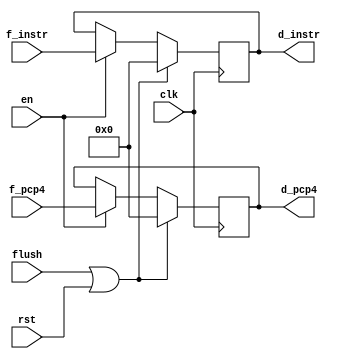
/*
 * Taylor Skilling
 * Will Johnson
 * 12/14/2016
 * EECE 3324
 *
 * IF_ID - IF/ID Register
 */

module IF_ID(en, flush, clk, rst, f_instr, d_instr, f_pcp4, d_pcp4);
  input en, flush, clk, rst;
  input [31:0] f_instr, f_pcp4;
  output reg[31:0] d_instr, d_pcp4;

  always @ (posedge clk)
  begin

    // Clear the register
    if (flush || rst)
    	begin
        d_instr <= 0;
        d_pcp4 <= 0;
      end

    // if enabled, pass the values through
    else if (en)
      begin
        d_instr <= f_instr;
        d_pcp4 <= f_pcp4;
      end

  end
endmodule